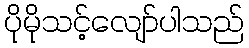
ပိုမိုသင့်လျော်ပါသည်